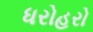
ધરોહરો